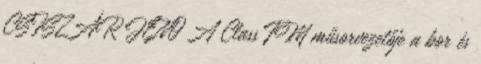
CSISZÁR JENŐ A Class FM műsorvezetője a bor és